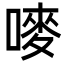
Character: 嘜